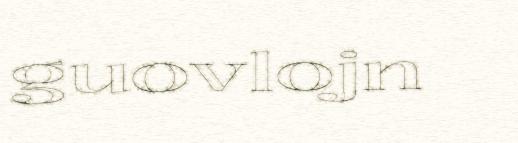
guovlojn